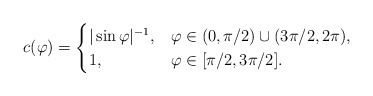
\begin{align*}c(\varphi)=\begin{cases} \vert \sin \varphi \vert ^{-1}, &\varphi \in (0,\pi /2)\cup (3\pi /2,2\pi),\\1,&\varphi\in [\pi/2 ,3\pi /2 ] .\end{cases}\end{align*}